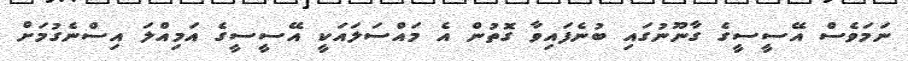
ނަމަވެސް އޭސީސީގެ ގާނޫނުގައި ބުނެފައިވާ ގޮތުން އެ މައްސަލައަކީ އޭސީސީގެ އަމިއްލަ އިސްނެގުމަށް